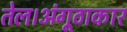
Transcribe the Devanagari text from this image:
तेल।अंगूठाकार